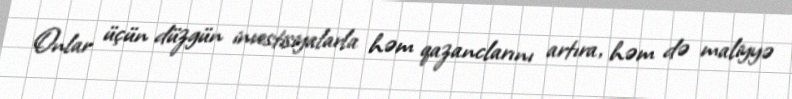
Onlar üçün düzgün investisiyalarla həm qazanclarını artıra, həm də maliyyə